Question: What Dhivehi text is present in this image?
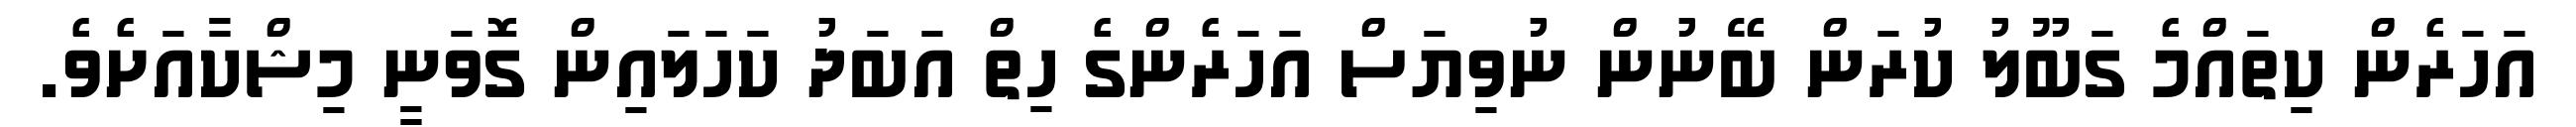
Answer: އަހަރެން ކިތައްމެ ގަބޫލު ކުރަން ބޭނުން ނުވިޔަސް އަހަރެންގެ ހިތް އަބަދު ކަހަލައިން ގޮވަނީ މިޝްކާއަށެވެ.